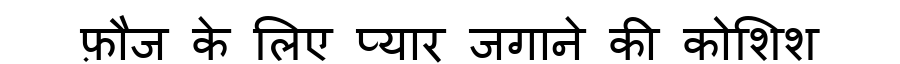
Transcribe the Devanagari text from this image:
फ़ौज के लिए प्यार जगाने की कोशिश